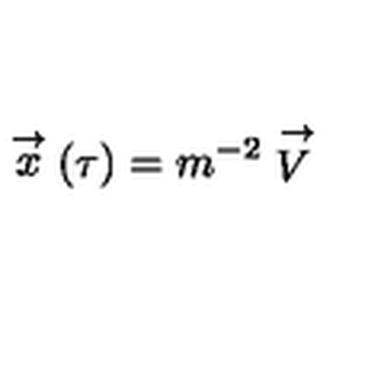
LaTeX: \stackrel { \rightarrow } { x } ( \tau ) = m ^ { - 2 } \stackrel { \rightarrow } { V }